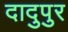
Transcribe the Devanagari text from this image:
दादुपुर